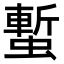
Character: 𧐮